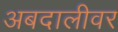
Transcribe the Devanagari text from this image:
अबदालीवर